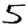
Digit: 5